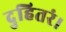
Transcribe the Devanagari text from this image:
दुहितरं।